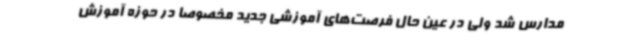
مدارس شد ولی در عین حال فرصت‌های آموزشی جدید مخصوصا در حوزه آموزش